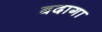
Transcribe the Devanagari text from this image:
बदागा